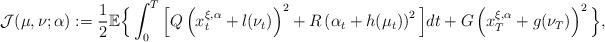
LaTeX: \begin{align*}\mathcal{J}(\mu,\nu;\alpha):=\frac{1}{2}\mathbb{E}\Big\{\int_0^T\Big[Q\left(x_t^{\xi,\alpha}+l(\nu_t)\right)^2+R\left(\alpha_t+h(\mu_t)\right)^2\Big]dt+G\left(x_T^{\xi,\alpha}+g(\nu_T)\right)^2\Big\},\end{align*}